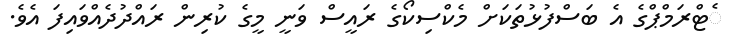
ެޓްރަމްޕްގެ އެ ބަސްފުޅުތަކަށް މެކްސިކޯގެ ރައީސް ވަނީ މީގެ ކުރިން ރައްދުދެއްވައިފަ އެވެ.